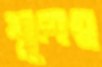
শূলঘ্ন